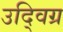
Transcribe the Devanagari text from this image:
उद्विग्र